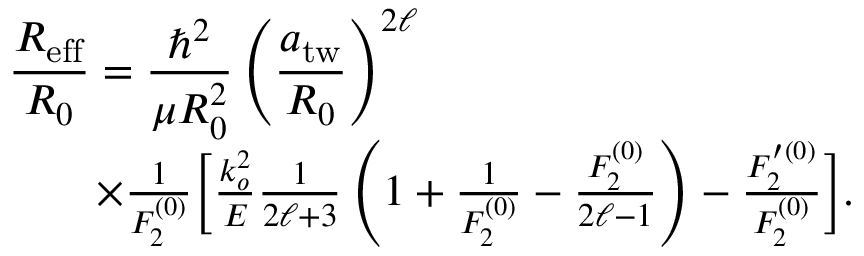
\begin{array} { r l r } { \lefteqn { \frac { R _ { \mathrm { e f f } } } { R _ { 0 } } = \frac { \hbar ^ { 2 } } { \mu R _ { 0 } ^ { 2 } } \left( \frac { a _ { \mathrm { t w } } } { R _ { 0 } } \right) ^ { 2 \ell } } } \\ & { } & { \times \frac { 1 } { F _ { 2 } ^ { ( 0 ) } } \bigg [ \frac { k _ { o } ^ { 2 } } { E } \frac { 1 } { 2 \ell + 3 } \left( 1 + \frac { 1 } { F _ { 2 } ^ { ( 0 ) } } - \frac { F _ { 2 } ^ { ( 0 ) } } { 2 \ell - 1 } \right) - \frac { F _ { 2 } ^ { \prime ( 0 ) } } { F _ { 2 } ^ { ( 0 ) } } \bigg ] . } \end{array}